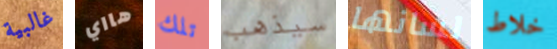
غالبية هااي تلك سيذهب لسانها خلاط